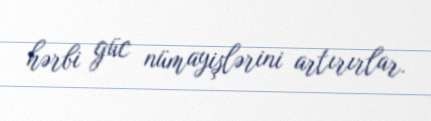
hərbi güc nümayişlərini artırırlar.